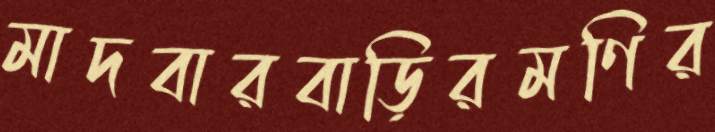
মাদবারবাড়িরমণির